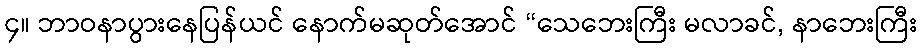
၄။ ဘာဝနာပွားနေပြန်ယင် နောက်မဆုတ်အောင် “သေဘေးကြီး မလာခင်, နာဘေးကြီး